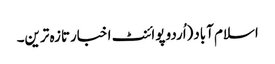
اسلام آباد(اُردو پوائنٹ اخبارتازہ ترین۔